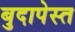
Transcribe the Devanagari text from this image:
बुदापेस्त